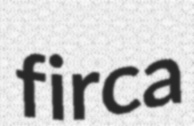
firca